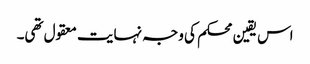
اس یقین محکم کی وجہ نہایت معقول تھی۔